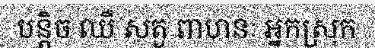
បន្តិច ឈឺ សត្វ ពាហនៈ អ្នកស្រុក